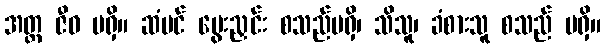
အတ္တ ဇီဝ မရှိ။ ဆံပင် မွေးညှင်း စသည်မရှိ၊ သိသူ၊ ခံစားသူ စသည် မရှိ။